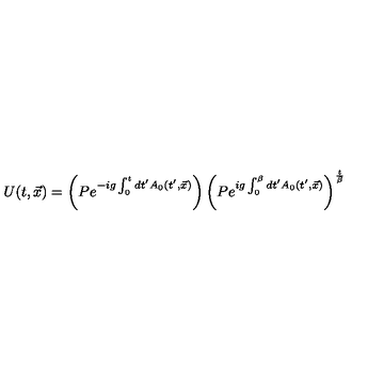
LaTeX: U ( t , \vec { x } ) = \left( P e ^ { - i g \int _ { 0 } ^ { t } d t ^ { \prime } A _ { 0 } ( t ^ { \prime } , \vec { x } ) } \right) \left( P e ^ { i g \int _ { 0 } ^ { \beta } d t ^ { \prime } A _ { 0 } ( t ^ { \prime } , \vec { x } ) } \right) ^ { { \frac { t } { \beta } } }